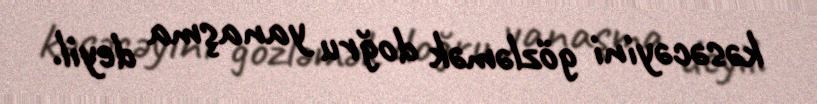
kəsəcəyini gözləmək doğru yanaşma deyil.